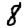
Digit: 8